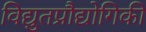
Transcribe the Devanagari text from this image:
विद्युतप्रौद्योगिकी